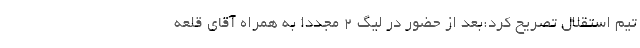
تیم استقلال تصریح کرد:بعد از حضور در لیگ 2 مجددا به همراه آقای قلعه